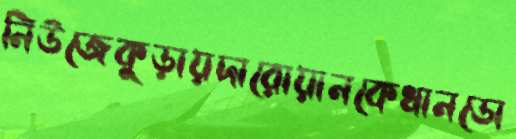
নিউজেকুড়ায়দারোয়ানকেধানডো